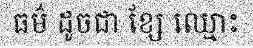
ធម៌ ដូចជា ខ្សែ ឈ្មោះ